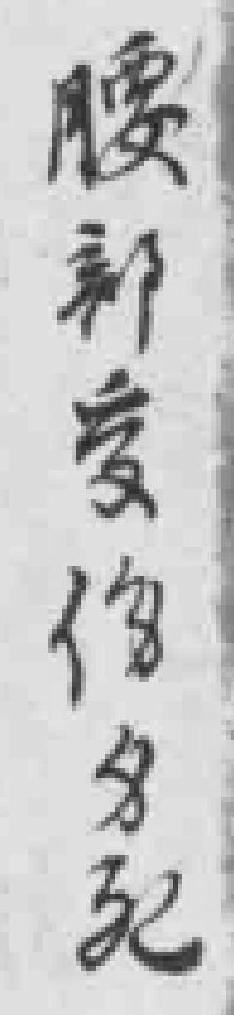
腰部受傷*死